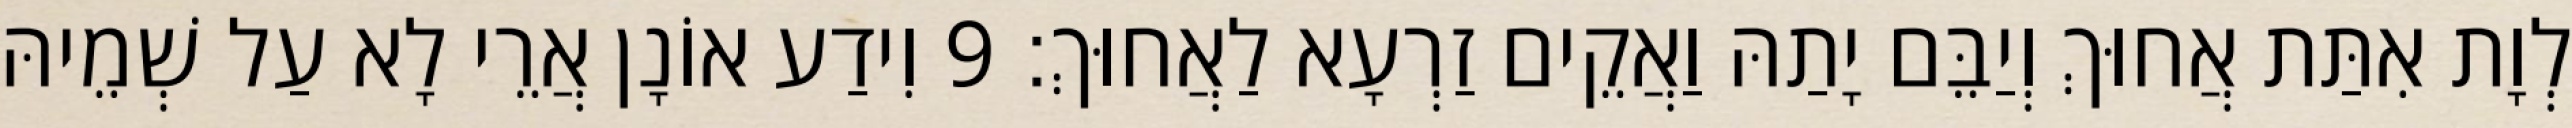
לְוָת אִתַּת אֲחוּךְ וְיַבֵּם יָתַהּ וַאֲקֵים זַרְעָא לַאֲחוּךְ׃ 9 וִידַע אוֹנָן אֲרֵי לָא עַל שְׁמֵיהּ